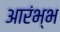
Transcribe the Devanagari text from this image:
आरंभ्भ